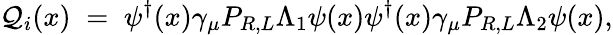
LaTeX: {\cal Q}_{i}(x)\; =\; \psi^{\dagger}(x)\gamma_{\mu}{P}_{R,L}\Lambda_{1}\psi(x)\psi^{\dagger}(x)\gamma_{\mu}{P}_{R,L}\Lambda_{2}\psi(x),